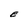
Character: E